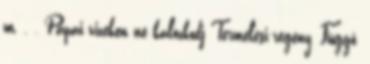
m. . , Pápai vizeken ne kalózkodj Termelési-regény, Függő,